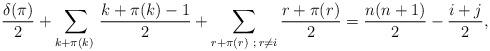
LaTeX: \begin{align*}\frac{\delta(\pi)}{2} + \sum_{k+\pi(k) \; } \frac{k+\pi(k)-1}{2} + \sum_{r+\pi(r) \; \, ; \, r\neq i} \frac{r+\pi(r)}{2} = \frac{n(n+1)}{2} - \frac{i+j}{2},\end{align*}